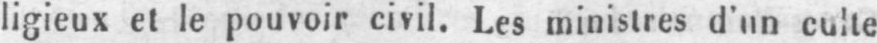
ligieux et le pouvoir civil. Les ministres d’un culte